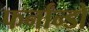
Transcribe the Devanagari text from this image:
फर्नांन्डो